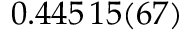
0 . 4 4 5 \, 1 5 ( 6 7 )